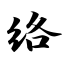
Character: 络